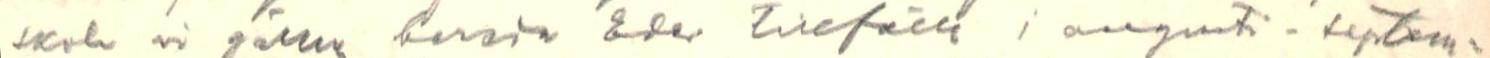
skal vi gärna bereda Eder tillefälle i augusti -septem-